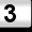
Digit: 3